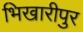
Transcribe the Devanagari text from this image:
भिखारीपुर